Vital statistics of India. Vol. IV, Annual returns from 1871 to 1876. British Army of India, Native Army and jails of Bengal
Year: 1871
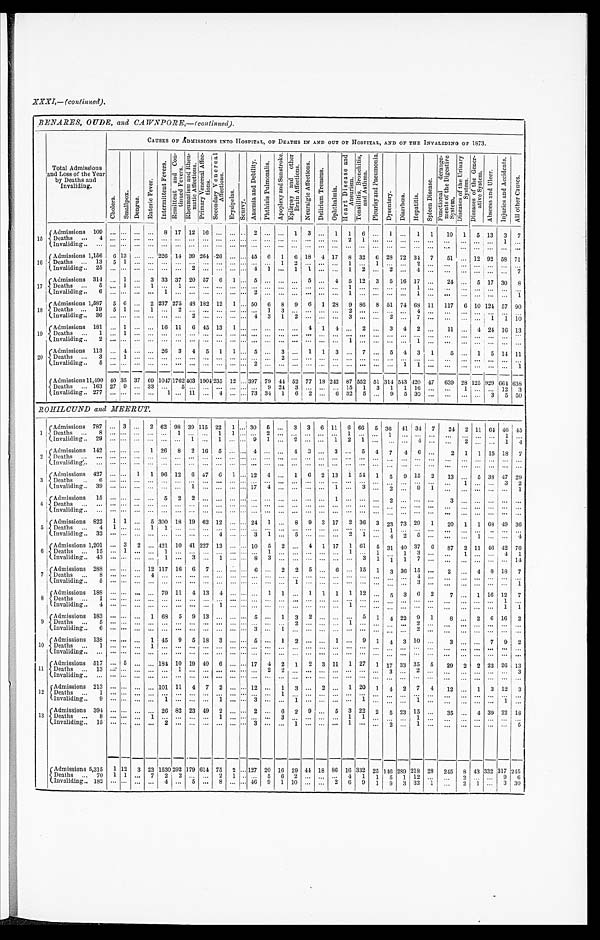
XXXI,—(continued).
BENARES, OUDE, and CAWNPORE,—(continued).
Total Admissions
and Loss of the Year
by Deaths and
Invaliding.
CAUSES OF ÅDMISSIONS INTO HOSPITAL, OF DEATHS IN AND OUT OF HOSPITAL, AND OF THE INVALIDING OF 1873.
C h o l e r a . S ma l l p o x . D e n g u e .
E n t e r i c F e v e r .
I n t e r m i t t e n t F e v e r s .
R e m i t t e n t a n d C o n - t i n u e d F e v e r s .
R h e u m a t i s m a n d R h e n - m a t i e A f f e c t i o n s .
P r i m a r y V e n e r e a l A f f e c t i o n s .
S e c o n d a r y V e n e r e a l A f f e c t i o n s .
E r y s i p c l a s .
S c u r v y .
A n æ m i a a n d D e b i l i t y .
P h t h i s i s P u l m o n a l i s .
A p o p l e x y a n d S u n s t r o k e .
E p i l e p s y a n d o t h e r B r a i n A f f e c t i o n s .
N e u r a l g i c A f f e c t i o n s .
D e l i r i u m T r e m e n s .
O p h h a l m i a .
H e a r t D i s e a s e a n d A n e u r i s m .
T o n s i l l i t i s , B r o n c h i t i s , a n d A s t h m a .
P l e u r i s y a n d P n e u m o n i a .
D y s e n t e r y .
D i a r r h œ a .
H e p a t i t i s .
S p l e e n D i s e a s e .
F u n c t i o n a l d e r a n g e - m e n t s o f t h e D i g e s t i v e S y s t e m .
D i s e a s e s o f t h e U r i n a r y S y s t e m .
D i s e a s e s o f t h e G e n e r a t i v e S y s t e m .
A b s c e s s a n d U l c e r .
I n j u r i c s a n d A c c i d e n t s .
A l l o t h e r C a u s e s .
1 5
Admissions 109
. . . . . . . . . . . . 8
1 7 12 16 . . . . . . . . . 2
. . .
. . . 1 3
. . . 1 1 6
. . . 1
. . . 1 1
10 1 5 13 3 7
D e a t h s . . . 4
. . .
. . . . . .
. . .
. . .
. . . . . .
. . .
. . .
. . . . . .
. . .
. . .
. . .
. . .
. . .
. . .
. . . . 2 .
1
. . .
. . . . . .
. . . . . .
. . .
. . .
. . .
. . . 1
. . .
Invaliding . . .
. . .
. . . . . .
. . .
. . .
. . . . . .
. . .
. . .
. . . . . .
. . .
. . . . . .
. . . . . . . . .
. . . . . . . . .
. . .
. . .
. . .
. . . . . .
. . .
. . .
. . . . . .
. . .
. . .
16
Admissions 1,156 6 13
. . .
. . . 226 14 39 264 .26
. . . . . . 4 5 6 1 6 18 4 17 8 32 6 28 72 34 7
51
. . . 12 92 58 71
D e a t h s . . . 1 3 5 1
. . .
. . . . . .
. . . . . .
. . .
. . .
. . . . . .
. . .
. . .
1
2 . . .
. . .
. . .
1
. . .
1
. . .
. . .
2
. . .
. . . . . . .
. . .
. . .
. . . . . .
I n v a l i d i n g . . . 2 5
. . .
. . . . . .
. . .
. . .
. . . 2 . . .
. . .
. . . . . .
4
1
. . .
1 1
. . .
. . .
1
2
. . .
2
. . .
4
. . .
. . .
. . .
. . .
. . . . . .
7
17
Admissions 314
. . . 1
. . . 3 33 37 20 57 6
1 . . . 5
. . .
. . .
. . . 5
. . . 4 5 12 3 5 16 17 . . .
24
. . . 5 17 30 8
Deaths
. . .
5
. . . 1
. . .
1 . . .
1
. . .
. . .
. . .
. . . . . .
. . .
. . .
. . .
. . .
. . .
. . .
. . .
1
. . .
. . .
. . .
. . .
1 . . .
. . . . . .
. . .
. . .
. . . . . .
I n v a l i d i n g . . . 6
. . .
. . . . . .
. . .
1
. . . . . .
. . .
. . .
. . . . . .
2
. . .
. . .
. . .
. . .
. . .
. . .
1
. . .
. . .
. . .
. . .
1 . . .
. . .
. . .
. . .
. . .
. . . 1
18
A d m i s s i o n s 1 , 5 8 7 5 6
. . . 2 237 275 48 182 12 1
. . . 50 6 8 9 6 1 28 9 86 8 51 74 68 11 117 6 10 124 57 90
Deaths . . . 19
5 1
. . . 1 . . .
2
. . . . . . . . .
. . . . . .
. . . 1 3
. . . . . . . . .
. . .
2
. . .
. . .
. . .
. . .
4 . . .
. . .
. . .
. . .
. . .
. . . . . .
I n v a l i d i n g . . . 3 6
. . .
. . . . . .
. . .
. . .
. . . 2 . . .
. . .
. . . . . .
4
3
1
2 . . .
. . .
. . .
3
. . .
. . .
2
. . .
7 . . .
. . .
. . .
. . .
1
1
1 0
1 9
Admissions 181
. . . 1
. . .
. . . 16 11 6 45 13 1 . . . . . . . . . . . . . . . 4 1 4
. . . 2
. . . 3 4 2 . . .
11
. . . 4 24 16 13
D e a t h s . . . 1
. . .
1
. . .
. . .
. . .
. . . . . .
. . .
. . .
. . . . . .
. . .
. . .
. . .
. . .
. . .
. . .
. . .
. . .
. . .
. . .
. . .
. . .
. . . . . .
. . .
. . .
. . .
. . .
. . . . . .
I n v a l i d i n g . . . 2
. . .
. . . . . .
. . .
. . .
. . . . . .
. . .
. . .
. . . . . .
. . .
. . .
. . .
. . .
. . .
. . .
. . .
1
. . .
. . .
. . .
. . .
1 . . .
. . .
. . .
. . .
. . . . . . . . .
2 0
Admissions 113
. . . 4
. . .
. . . 26 3 4 5 1 1 . . . 5
. . . 3
. . . 1 1 3
. . . 7
. . . 5
4 3 1
5
. . . 1
5 14 11
D e a t h s . . . 3
. . .
1
. . .
. . .
. . .
. . . . . .
. . .
. . .
. . . . . .
. . .
. . .
. . .
. . .
. . .
. . .
. . .
. . .
. . .
. . .
. . .
. . .
. . .
. . .
. . . . . .
. . .
. . .
. . . . . .
I n v a l i d i n g . . . 5
. . .
. . . . . .
. . .
. . .
. . . . . .
2
. . .
. . . . . .
. . .
. . .
. . .
. . .
. . .
. . .
. . .
. . .
. . .
. . .
. . .
1
1
. . .
. . .
. . .
. . .
. . .
. . . 1
Admissions 11,490
4 0 35 37
6 9 1047 1762
4 0 3 1904 235 12 . . . 397 79 44 52 77 18 242 87 552 51 314 543
4 2 0
4 7 639
2 8 125 929
6 6 4 6 3 8
D e a t h s . . . 1 6 3
2 7
9
. . . 33 . . .
5
. . .
. . .
. . .
. . . . . .
. . .
9
2 4 3
. . .
. . .
. . .
1 5
1
3
1
1
1 6
. . . . . .
1 . . .
. . . 1 2 3
I n v a l i d i n g . . . 2 7 7
. . . . . . . . .
. . .
1
. . . 11
. . . 4
. . . . . . 73 34 1
6 2
. . . 6 32 5
. . . 9 5 30
. . .
. . .
. . .
. . . 3
5 5 0
ROHILCUND and MEERUT.
1 Admissions 787
. . . 3
. . . 2 62 98 39
1 1 5
22 1
. . . . . .
3 0 5 . . .
3 3 6 11 6 66 5 36 41
3 4 7
24 2 11 64 46
4 5
Deaths . . . 8
. . . . . .
. . .
. . .
. . .
1
. . .
. . .
1 1 . . .
. . .
2 . . .
. . .
. . . . . .
. . .
1
. . .
. . . 1
. . .
. . .
. . .
. . .
. . . . . .
. . .
1 . . .
I n v a l i d i n g . . . 2 9
. . . . . .
. . .
. . .
. . .
. . . 1
. . . 1
. . .
. . . 9 1
. . .
2
. . . . . .
1
2
1
. . . . . .
. . .
4
. . .
. . .
2 . . .
. . .
1
4
2
Admissions 142 . . . . . . . . . 1 26 8 2 16 5
. . . . . . 4
. . .
. . . 4 3
. . .
3
. . . 5 4 7
4 6
. . .
2
1
1 15 18
7
D e a t h s . . .
. . . . . .
. . .
. . .
. . .
. . .
. . . . . . . . .
. . . . . . . . .
. . .
. . . . . .
. . .
. . .
. . .
. . .
. . .
. . .
. . .
. . .
. . .
. . .
. . .
. . .
. . . . . .
. . .
. . . . . .
Invaliding . . .
. . . . . .
. . .
. . .
. . .
. . .
. . . . . .
. . . . . . . . .
. . .
. . .
. . .
. . .
. . . . . .
. . .
. . .
. . .
. . . . . .
. . .
. . .
. . . . . .
. . . . . .
. . .
. . .
. . .
3
A d m i s s i o n s 4 2 7
. . . . . . 1 1 96 12 6 47
6 1
. . . 12 4
. . . 1 6 2 13 1 54 1 5 9 15 2
13
. . .
5
3 8
4 7 2 9
D e a t h s . . . 6
. . .
. . .
. . .
. . .
. . .
. . .
. . . . . .
. . . . . . . . .
. . .
. . . . . .
. . .
. . . . . .
. . .
. . .
. . .
. . . . . .
. . .
. . .
. . .
. . .
1
. . .
. . .
3 2
Invaliding . . . 3 9
. . . . . .
. . .
. . .
. . .
. . . 1
. . .
. . . . . .
17 4
. . .
. . .
. . . . . .
1
. . .
3
. . . 2
. . .
9
1 . . .
. . . . . .
. . .
. . . 1
4 Admissions 15 . . . . . . . . . . . . 5 2 2
. . .
. . . . . . . . . . . .
. . . . . .
. . .
. . .
. . . 1
. . .
. . .
. . . 2
. . .
. . .
. . . 3
. . . . . . . . .
. . . . . .
D e a t h s . . .
. . . . . .
. . .
. . .
. . .
. . .
. . . . . .
. . . . . . . . .
. . .
. . .
. . . . . .
. . .
. . .
. . .
. . .
. . .
. . . . . .
. . . . . .
. . . . . .
. . . . . .
. . .
. . . . . .
I n v a l i d i n g . . .
. . . . . .
. . .
. . .
. . .
. . .
. . . . . .
. . . . . . . . .
. . .
. . .
. . .
. . .
. . . . . .
. . .
. . .
. . .
. . . . . .
. . .
. . .
. . .
. . .
. . . . . . . . .
. . .
. . .
. . .
5
Admissions 822 1 1
. . . 5 300 18 19 62 12
. . . . . . 24 1
. . . 8 9 3 17 2 36 3 23 73
2 9 1
20 1 1 68 49 36
D e a t h s . . . 4
1 . . .
. . .
1
1
. . .
. . . . . .
. . . . . . . . .
. . .
. . .
. . .
. . .
. . . . . .
. . .
. . .
. . . . . . 1
. . .
. . .
. . . . . .
. . . . . .
. . .
. . . . . .
Invaliding . . . 3 2
. . . . . . . . . . . . . . . . . . . . . . . . 4 . . . . . . 3 1 . . . 5
. . .
. . .
. . . 2
1
. . . 4
2
5 . . .
. . .
. . .
1
. . .
. . . 4
6 Admissions 1,201 . . . 3 2 . . . 421 10 41 227 13 . . . . . . 10 5 2 . . . 4 1 17 1 61 5 31 40 37
6
87 2 11 46 42 7 6
D e a t h s . . . 1 5
. . . 1
. . .
. . .
1
. . .
. . . . . .
. . . . . . . . .
. . .
1
. . .
. . .
. . . . . .
. . .
1
. . . 1
. . . 1
3
. . . . . .
1 . . .
. . .
4
1
Invaliding . . . 4 3
. . . . . .
. . . . . .
1
. . .
3 . . . 1
. . . . . . 8 3
. . .
. . .
. . . . . .
. . .
. . . 3 1
1 1 7 . . .
. . .
. . .
. . .
. . .
. . . 1 4
7
A d m i s i o n s 2 8 8
. . . . . . . . . 12 117 16 6 7
. . . . . . . . . 6
. . . 2 2 5
. . . 6
. . . 15
1 3 36 15
. . . 2
. . . 4 8 18 7
De a t h s . . . 8
. . . . . .
. . .
4
. . .
. . .
. . . . . . . . .
. . . . . .
. . . . . .
. . .
. . .
. . .
. . .
. . .
. . .
. . .
. . .
. . . . . .
4
. . . . . . . . . . . .
. . .
. . . . . .
Invaliding . . . 5
. . . . . .
. . .
. . .
. . .
. . .
. . . . . .
. . . . . . . . .
. . .
. . .
. . .
1
. . . . . .
. . .
. . .
. . .
. . .
. . .
. . .
3
. . . . . . . . . . . .
. . .
. . . 1
8 Admissions 188
. . .
. . . . . .
. . . 79 11 4 13 4
. . . . . .
. . . 1 1
. . . 1 1 1 1 12
. . . 5 3
6 2
7
. . . 1 16 12
7
Deaths
. . . 1
. . . . . .
. . .
. . .
. . .
. . .
. . . . . .
. . . . . . . . .
. . .
. . .
. . .
. . .
. . . . . .
. . .
. . .
. . .
. . . . . .
. . .
. . .
. . .
. . .
. . . . . .
. . . 1
. . .
Invaliding . . . 4
. . . . . .
. . .
. . .
. . .
. . .
. . . . . .
1 . . . . . .
. . .
. . . . . .
. . .
. . .
. . .
. . .
1 . . .
. . . . . .
. . .
. . .
. . .
. . .
. . . . . .
. . . 1
1
9 Admissions 183
. . . . . .
. . . 1 68 5 9 13
. . . . . . . . . 5
. . . 1 3 2
. . .
. . .
. . . 5 1 4 22 9 1
8
. . . 2 6 16 2
Deaths
. . . 5
. . . . . .
. . .
. . .
. . .
. . . . . . . . .
. . . . . . . . . . . .
. . .
. . .
2
. . . . . .
. . .
1
. . .
. . . . . .
. . .
2
. . .
. . .
. . . . . .
. . .
. . . . . .
I n v a l i d i n g . . . 6
. . . . . .
. . .
. . .
. . .
. . .
. . . . . .
. . . . . . . . .
3
. . .
1
. . .
. . . . . .
. . .
. . .
. . .
. . . . . .
. . .
2
. . . . . .
. . .
. . .
. . .
. . . . . .
10 Admissions 138
. . . . . .
. . . 1 45 9 5 18 3
. . . . . . 5
. . . 1 2
. . .
. . . 1
. . . 9 1 4 3 10
. . . 3
. . .
. . . 7 9 2
Deaths
. . . 1
. . . . . .
. . . 1
. . .
. . .
. . . . . .
. . . . . . . . .
. . .
. . .
. . .
. . .
. . . . . .
. . .
. . .
. . .
. . . . . .
. . .
. . .
. . .
. . .
. . . . . .
. . .
. . . . . .
Invaliding . . .
. . . . . .
. . .
. . .
. . .
. . .
. . . . . .
. . . . . . . . .
. . .
. . .
. . .
. . .
. . . . . .
. . .
. . .
. . .
. . . . . .
. . .
. . .
. . .
. . .
. . .
. . .
. . .
. . . . . .
1 1
Admissions 517
. . . 5
. . . . . . 184 10 19 40 6
. . . . . . 17 4
2 1 2 3 11 1 27 1 17 33 35 5
29 2 2 22 26 1 3
D e a t h s . . . 1 3
. . . . . .
. . . . . .
. . .
1
. . . . . .
. . . . . . . . .
. . .
2
2
. . .
. . . . . .
. . .
. . .
. . .
. . . 3
. . . 2
. . . . . .
. . . . . .
. . .
. . . 3
I n v a l i d i n g . . .
. . . . . .
. . . . . .
. . .
. . .
. . . . . .
. . . . . . . . .
. . .
. . .
. . .
. . .
. . . . . .
. . .
. . .
. . .
. . . . . .
. . .
. . .
. . . . . .
. . . . . .
. . .
. . . . . .
1 2
Admissions 213
. . . . . .
. . .
. . . 101 11 4 7 2
. . . . . . 12
. . .
1 3
. . . 2
. . . 1 20 1 4 2 7 4
12
. . . 1 3 12 3
D e a t h s . . . 1
. . . . . .
. . .
. . .
. . .
. . .
. . . . . .
. . . . . . . . .
. . .
. . . 1
. . .
. . . . . .
. . .
. . .
. . .
. . . . . .
. . .
. . .
. . . . . . . . . . . .
. . .
. . . . . .
I n v a l i d i n g . . . 9
. . . . . .
. . .
. . .
1
. . .
. . . . . .
1 . . . . . .
3
. . .
. . .
1
. . . . . .
. . .
. . .
1
. . . . . .
. . .
1
. . . . . .
. . . . . .
. . .
1
. . .
13
Admissions 394
. . . . . .
. . .
. . . 26 82 23 49 2
. . . . . . 2
. . . 6 2 9
. . . 5 3 22 2 5 23 15
. . . 35
. . . 4 39 22 1 8
Deaths . . . 8
. . . . . .
. . . 1
. . .
. . .
. . . . . .
1 . . . . . .
. . .
. . .
3
. . .
. . . . . .
. . .
1
1
. . . . . .
. . . 1
. . . . . .
. . . . . .
. . .
. . .
. . .
I n v a l i d i n g . . . 1 5
. . . . . .
. . .
. . .
2
. . .
. . . . . .
. . . . . . . . .
3
. . .
. . .
1
. . . . . .
. . .
1
. . .
. . . 2
. . .
1
. . . . . .
. . .
. . .
. . .
. . .
5
Admissions.5,315 1 12 3 23
1 5 3 0
2 9 2
179 614 75 2 . . . 127 20 16 29 44 18 86 16 332 25 146
2 8 9
218 28 245 8 43 332 317
2 4 5
Deaths . . . 70
1 1
. . .
7
2
2
. . . . . .
2 1 . . .
. . .
5
6
2
. . . . . .
. . .
4
1
1
5
1
1 2
. . . . . .
2 . . .
. . .
9 6
Invaliding . . . 182 . . . . . .
. . .
. . . 4
. . . 5
. . . 8
. . . . . . 4 6 9 1 10
. . .
. . . 2 6 9 1 9 3 32 1
. . . 2
1 . . . 3 30